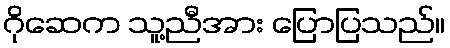
ဂိုဆေက သူ့ညီအား ပြောပြသည်။